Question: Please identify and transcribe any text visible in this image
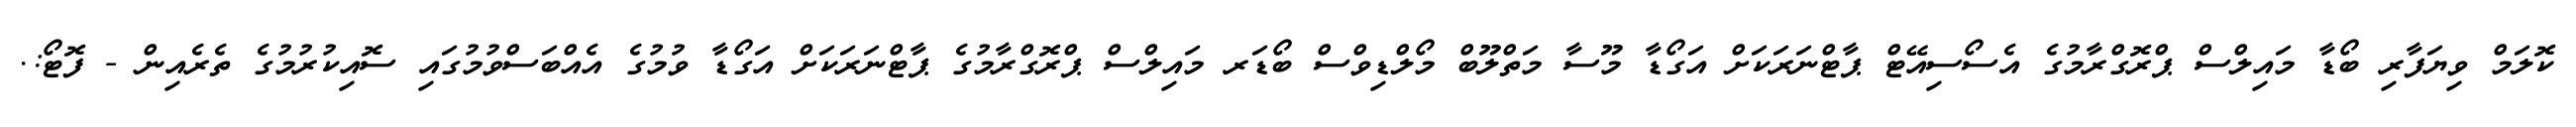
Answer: ކޮލަމް ވިޔަފާރި ބޯޑާ މައިލްސް ޕްރޮގްރާމުގެ އެސޯސިއޭޓް ޕާޓްނަރަކަށް އަގޯޑާ މޫސާ މަތްލޫބް މޯލްޑިވްސް ބޯޑަރ މައިލްސް ޕްރޮގްރާމުގެ ޕާޓްނަރަކަށް އަގޯޑާ ވުމުގެ އެއްބަސްވުމުގައި ސޮއިކުރުމުގެ ތެރެއިން - ފޮޓޯ:.